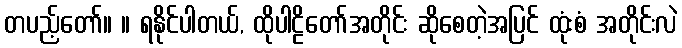
တပည့်တော်။ ။ ရနိုင်ပါတယ်, ထိုပါဠိတော်အတိုင်း ဆိုစေတဲ့အပြင် ထုံးစံ အတိုင်းလဲ